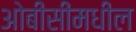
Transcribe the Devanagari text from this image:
ओबीसींमधील